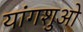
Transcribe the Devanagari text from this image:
यांगशुओ